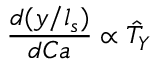
\frac { d ( y / l _ { s } ) } { d C a } \propto \hat { T } _ { Y }